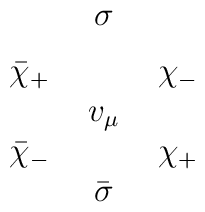
\begin{array}{ccc}& \sigma & \\[0.2cm]\bar{\chi}_{+}\,\,& & \,\,\chi_{-}  \\   & v_{\mu} & \\ \bar{\chi}_{-}\,\,& & \,\,\chi_{+} \\&\bar{\sigma} &\end{array}